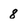
Character: 8